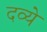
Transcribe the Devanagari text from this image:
दव्ये